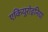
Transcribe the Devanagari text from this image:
एकियूरोइनिया